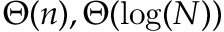
\Theta ( n ) , \Theta ( \log ( N ) )